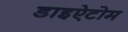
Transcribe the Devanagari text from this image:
डाइऐटोम